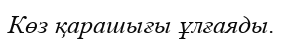
Көз қарашығы ұлғаяды.